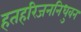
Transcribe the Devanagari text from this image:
हतहरिजननिधुवन